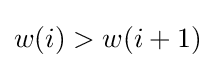
w(i)>w(i+1)